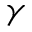
\gamma